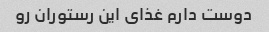
دوست دارم غذای این رستوران رو